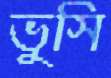
ভুসি